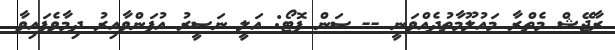
ރާޖޭޝް މެތްރާ މައުލޫމާތުދެއްވަނީ -- ސަން ފޮޓޯ: އަލީ ނަސީރު އުފަންވާއިރު ދިމާވެފައިވާ